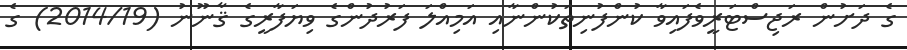
ގެ ދަށުން ރަޖިސްޓަރީވެފައިވާ ކުންފުނިތަކުންނާއި އަމިއްލަ ފަރުދުންގެ ވިޔަފާރީގެ ޤާނޫނު (2014/19) ގެ